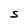
Character: S